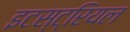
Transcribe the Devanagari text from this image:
इटस्ट्रियल